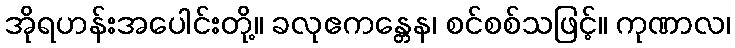
အိုရဟန်းအပေါင်းတို့။ ခလုဧကန္တေန၊ စင်စစ်သဖြင့်။ ကုဏာလ၊